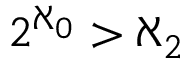
2 ^ { \aleph _ { 0 } } > \aleph _ { 2 }